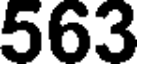
563